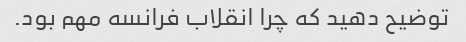
توضیح دهید که چرا انقلاب فرانسه مهم بود.